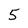
Character: 5